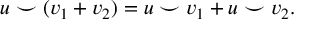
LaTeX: u \smile ( v _ { 1 } + v _ { 2 } ) = u \smile v _ { 1 } + u \smile v _ { 2 } .